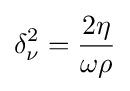
\delta _{\nu }^{2}={\frac {2\eta }{\omega \rho }}